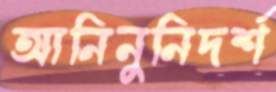
আনিনুনিদর্শ